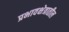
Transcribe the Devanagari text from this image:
प्रभावक्षेत्रातील